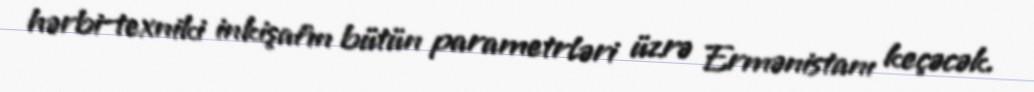
hərbi-texniki inkişafın bütün parametrləri üzrə Ermənistanı keçəcək.